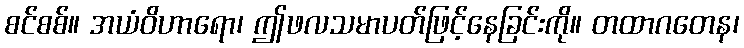
စင်စစ်။ အယံဝိဟာရော၊ ဤဖလသမာပတ်ဖြင့်နေခြင်းကို။ တထာဂတေန၊